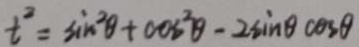
t ^ { 2 } = \sin ^ { 2 } \theta + \cos ^ { 2 } \theta - 2 \sin \theta \cos \theta